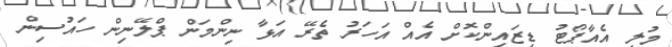
މުލީ އެއާޕޯޓު ޑިޒައިންކޮށް އެއް އަހަރު ތެރޭ އަޅާ ނިންމަން ޕްލޭނިން ހައުސިން